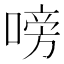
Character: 嗙